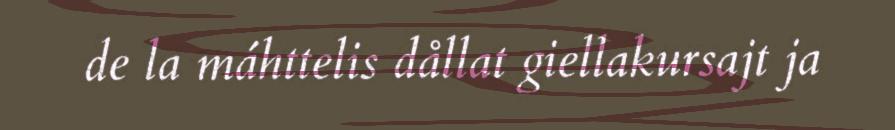
de la máhttelis dållat giellakursajt ja